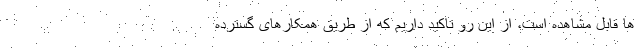
ها قابل مشاهده است، از این رو تاکید داریم که از طریق همکارهای گسترده